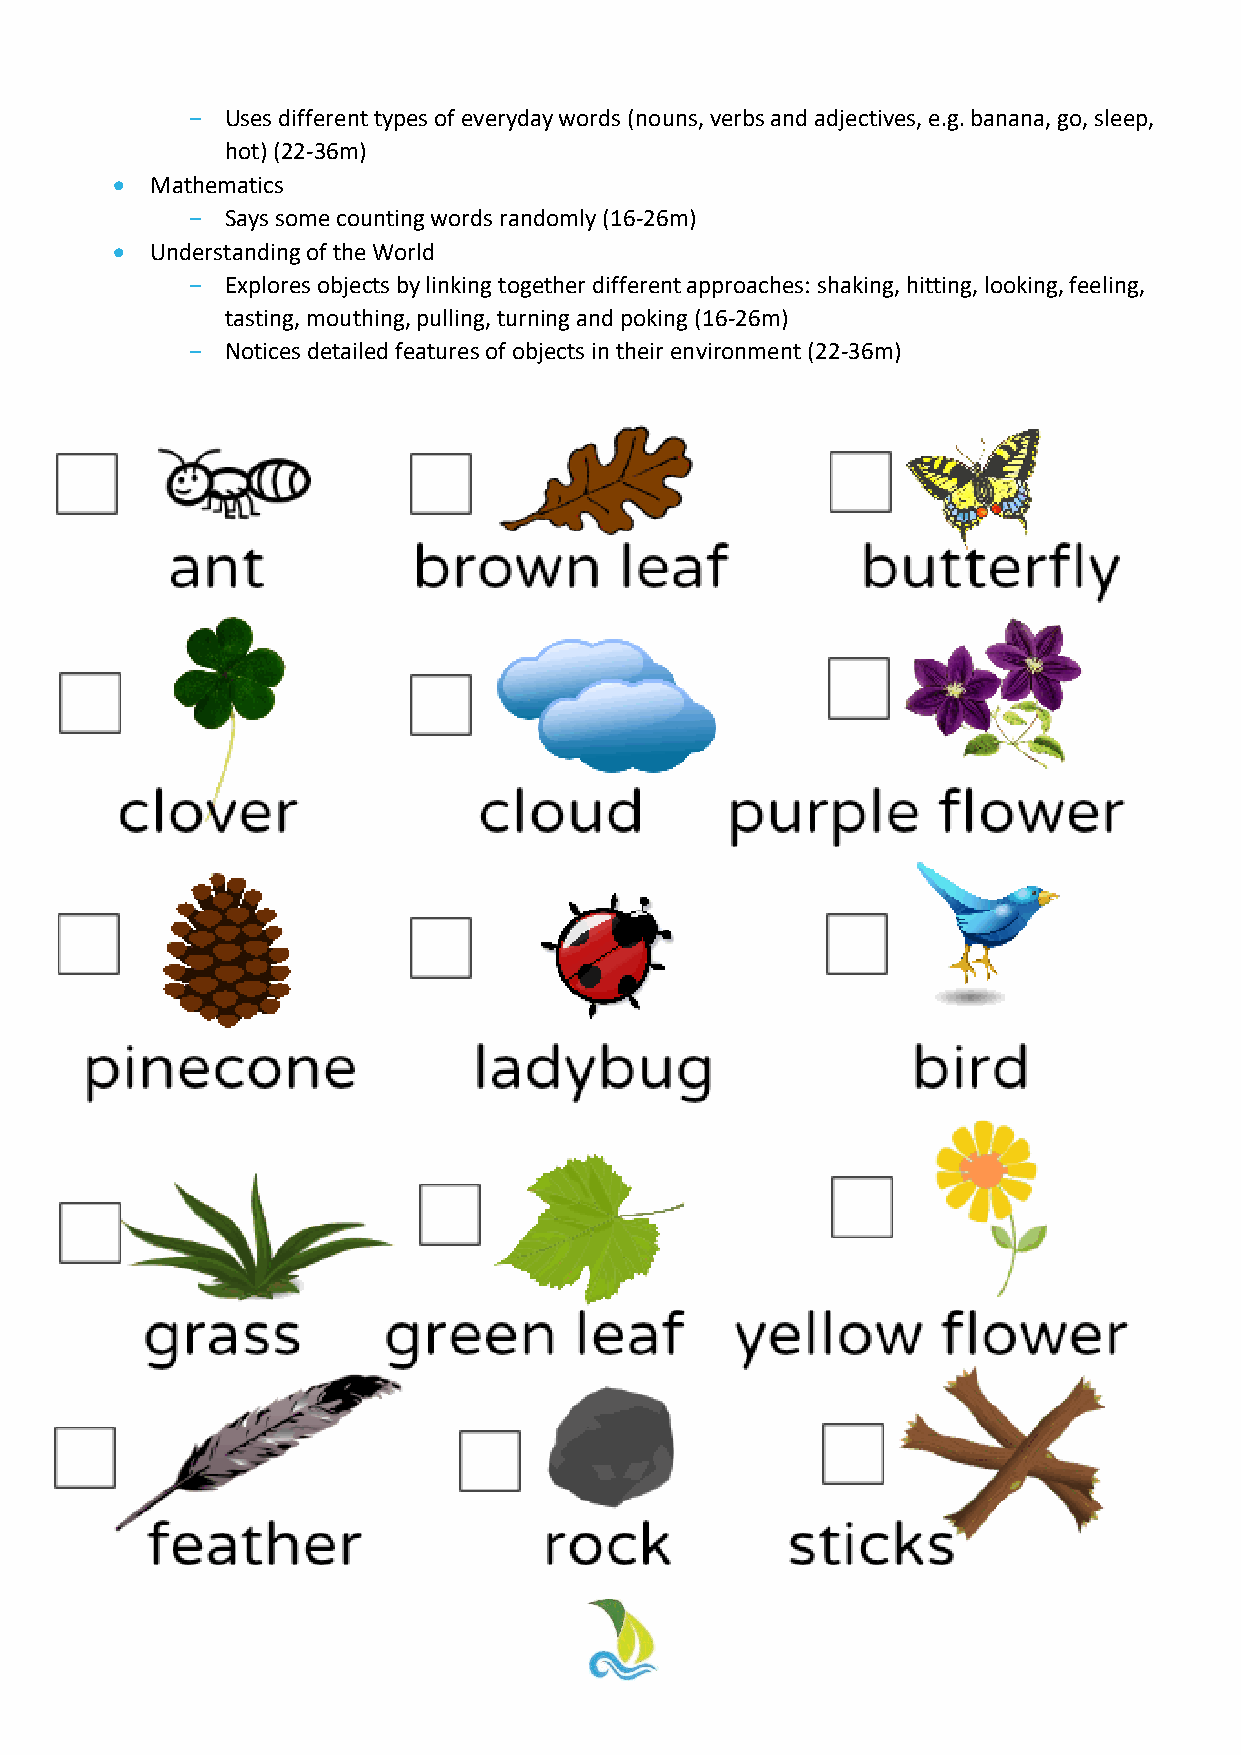
-  Uses different types of everyday words (nouns, verbs and adjectives, e.g. banana, go, sleep,
 hot) (22-36m)
 •  Mathematics
 -  Says some counting words randomly (16-26m)
 •  Understanding of the World
 -  Explores objects by linking together different approaches: shaking, hitting, looking, feeling,
 tasting, mouthing, pulling, turning and poking (16-26m)
 -  Notices detailed features of objects in their environment (22-36m)